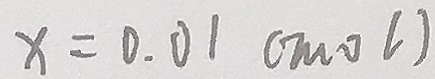
x = 0 . 0 1 ( m o l )